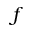
f